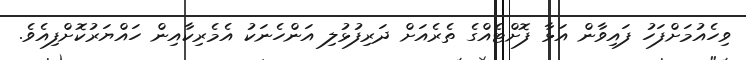
ވިހެއުމަށްފަހު ފައިވާން އަޅާ ފޮށްޓެއްގެ ތެރެއަށް ދަރިފުޅުލި އަންހެނަކު އެމެރިކާއިން ހައްޔަރުކޮށްފިއެވެ.